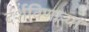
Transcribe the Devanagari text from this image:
दर्शविणाऱ्या